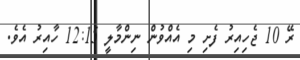
ރޭ 10 ޖެހިއިރު ފެށި މި އެއްވުން ނިންމާލީ 12:15 ހާއިރު އެވެ.